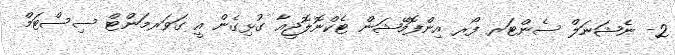
2- ނެޝަނަލް ސެންޓަރ ފޯރ އިންފޮމޭޝަން ޓެކްނޮލޮޖީއާ ގުޅިގެން އީ ގަވަރމަންޓް ސިސްޓަމް